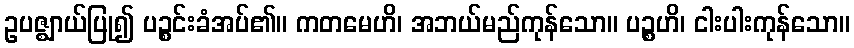
ဥပဇ္ဈာယ်ပြု၍ ပဉ္စင်းခံအပ်၏။ ကတမေဟိ၊ အဘယ်မည်ကုန်သော။ ပဉ္စဟိ၊ ငါးပါးကုန်သော။